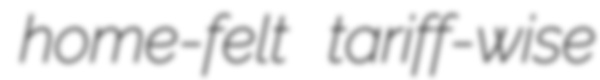
home-felt tariff-wise